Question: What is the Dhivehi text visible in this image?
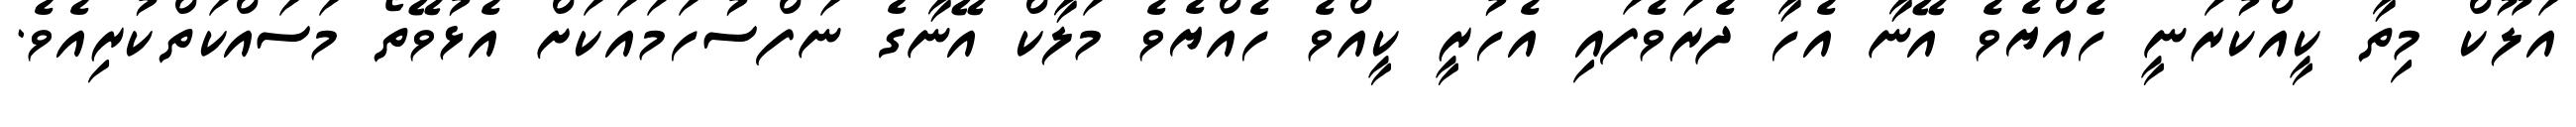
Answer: އަލޫކް މިތާ ކީއްކުރަނީ ހެއްޔެވެ އޭނާ އެހާ ދެރަވެފައި އެހުރީ ކީއްވެ ހެއްޔެވެ މަލާކް އޭނާގެ ނަފްސުހަމައަކަށް އެޅުވޭތޯ މަސައްކަތްކުރިއެވެ.